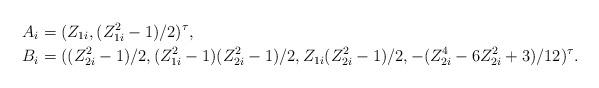
LaTeX: \begin{align*}A_i &=(Z_{1i}, {(Z_{1i}^2-1)}/{2})^\tau,\\B_i & =((Z_{2i}^2-1)/2, (Z_{1i}^2-1)(Z_{2i}^2-1)/2,Z_{1i}(Z_{2i}^2-1)/2, - (Z_{2i}^4-6Z_{2i}^2+3)/12)^\tau.\end{align*}